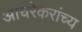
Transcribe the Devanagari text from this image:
आचरेकरांच्य